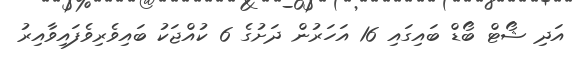
އަދި ޝޯޓް ބޯޑް ބައިގައި 16 އަހަރުން ދަށުގެ 6 ކުއްޖަކު ބައިވެރިވެފައިވާއިރު